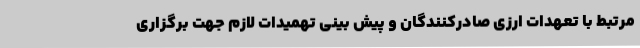
مرتبط با تعهدات ارزی صادرکنندگان و پیش بینی تهمیدات لازم جهت برگزاری